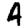
Digit: 4